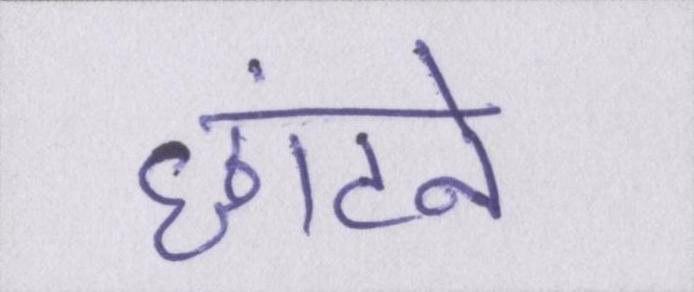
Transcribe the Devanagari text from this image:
छांटने